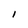
Character: I